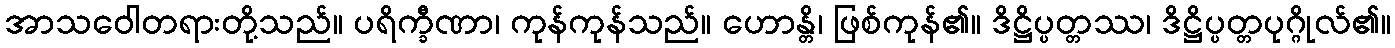
အာသဝေါတရားတို့သည်။ ပရိက္ခီဏာ၊ ကုန်ကုန်သည်။ ဟောန္တိ၊ ဖြစ်ကုန်၏။ ဒိဋ္ဌိပ္ပတ္တဿ၊ ဒိဋ္ဌိပ္ပတ္တပုဂ္ဂိုလ်၏။